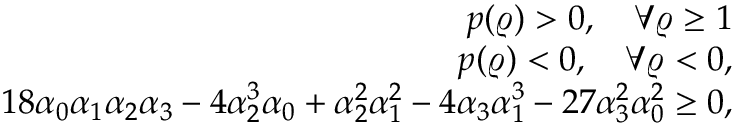
\begin{array} { r l r } & { } & { p ( \varrho ) > 0 , \quad \forall \varrho \ge 1 } \\ & { } & { p ( \varrho ) < 0 , \quad \forall \varrho < 0 , } \\ & { } & { 1 8 \alpha _ { 0 } \alpha _ { 1 } \alpha _ { 2 } \alpha _ { 3 } - 4 \alpha _ { 2 } ^ { 3 } \alpha _ { 0 } + \alpha _ { 2 } ^ { 2 } \alpha _ { 1 } ^ { 2 } - 4 \alpha _ { 3 } \alpha _ { 1 } ^ { 3 } - 2 7 \alpha _ { 3 } ^ { 2 } \alpha _ { 0 } ^ { 2 } \ge 0 , } \end{array}